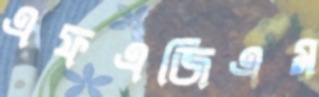
এফএজিএম